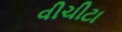
વીચીટા